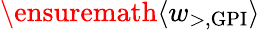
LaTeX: \ensuremath{\langle w_{\mathrm{>,GPI}}\rangle}